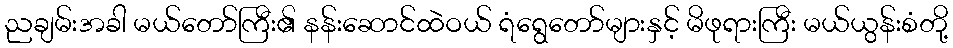
ညချမ်းအခါ မယ်တော်ကြီး၏ နန်းဆောင်ထဲဝယ် ရံရွေတော်များနှင့် မိဖုရားကြီး မယ်ယွန်းစံတို့